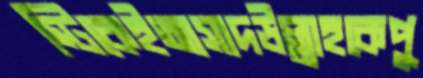
স্টিকেইআসাদউল্লাহকেপু